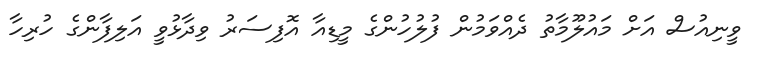
ވީނިއުސް އަށް މައުލޫމާތު ދެއްވަމުން ފުލުހުންގެ މީޑިއާ އޮފިސަރު ވިދާޅުވީ އަލިފާންގެ ހުރިހާ